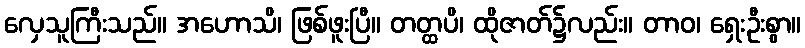
လှေသူကြီးသည်။ အဟောသိ၊ ဖြစ်ဖူးပြီ။ တတ္ထပိ၊ ထိုဇာတ်၌လည်း။ တာဝ၊ ရှေးဦးစွာ။